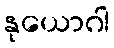
နုယောဂါ